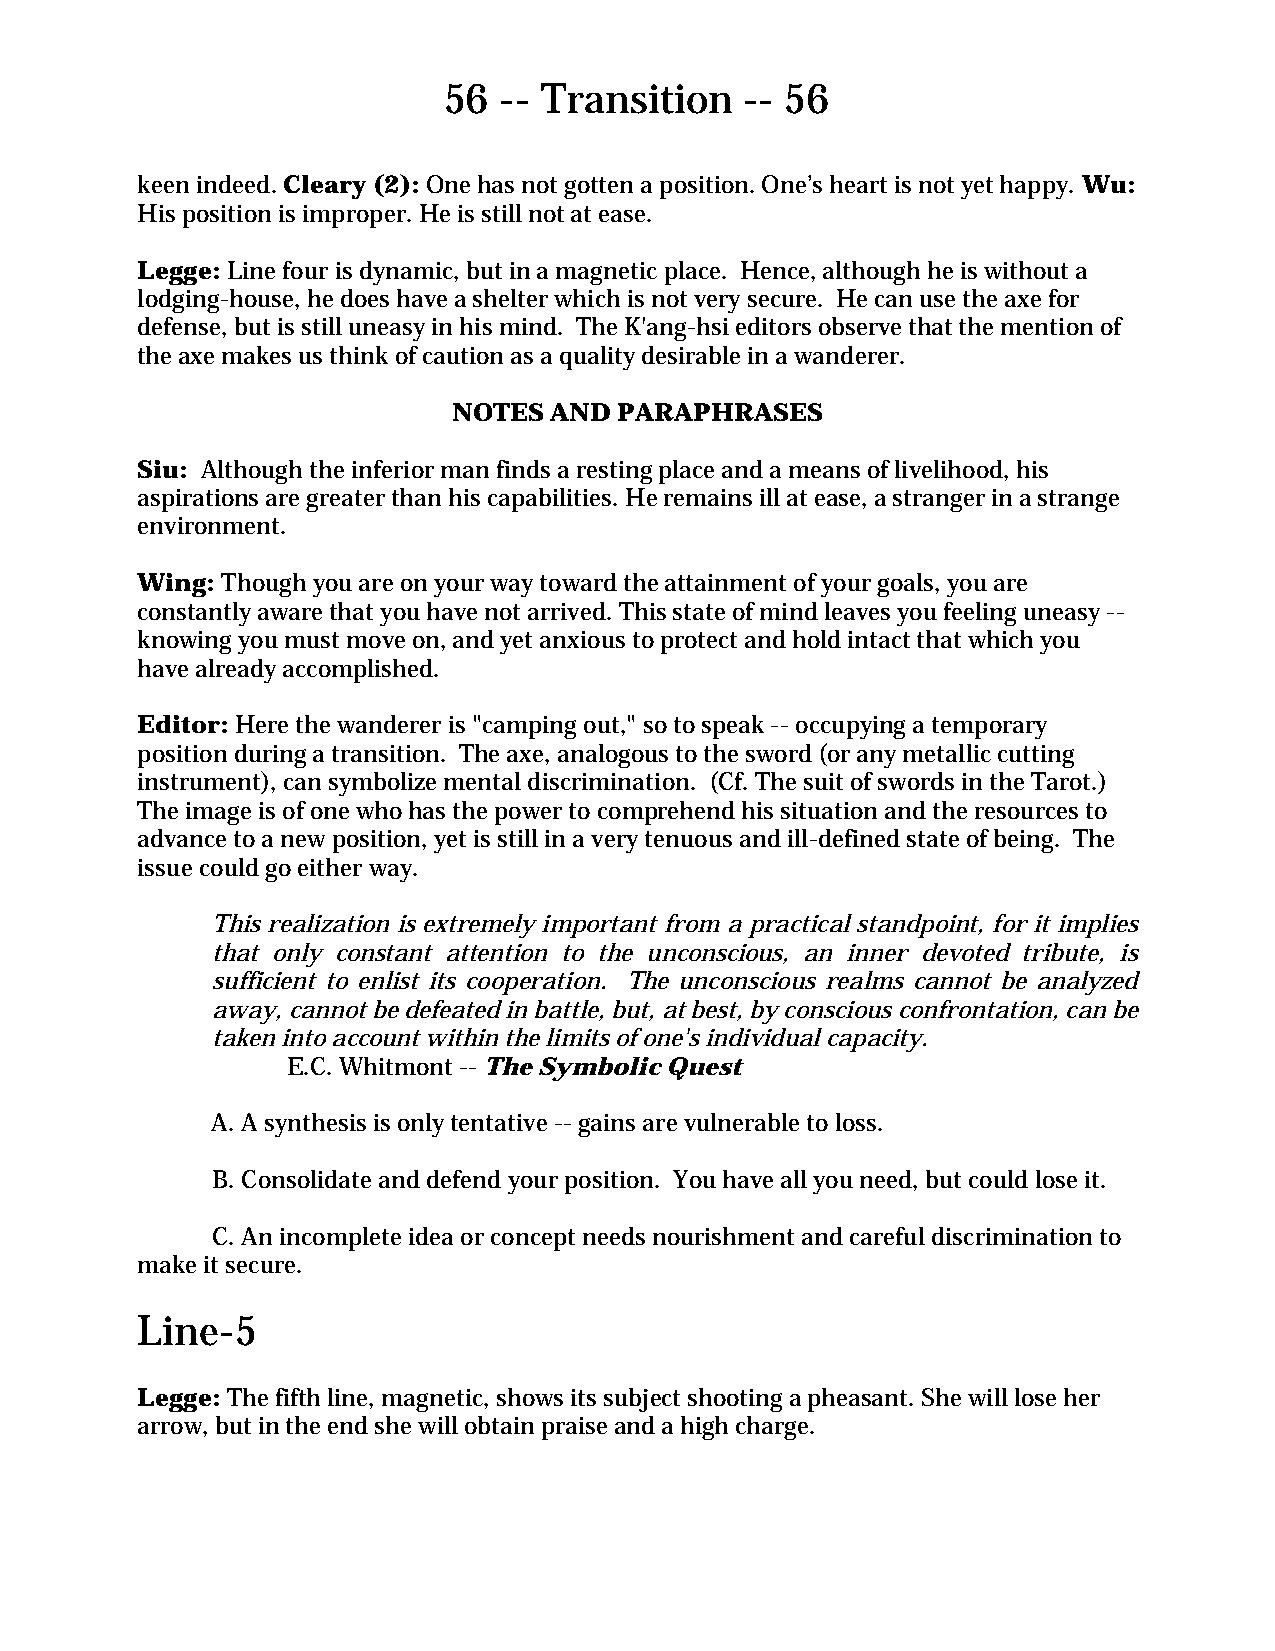
56  -- Transition   -- 56
 keen indeed. Cleary (2): One has not gotten a position. One’s heart is not yet happy. Wu:
 His position is improper. He is still not at ease.
 Legge: Line four is dynamic, but in a magnetic place. Hence, although he is without a
 lodging-house, he does have a shelter which is not very secure. He can use the axe for
 defense, but is still uneasy in his mind. The K'ang-hsi editors observe that the mention of
 the axe makes us think of caution as a quality desirable in a wanderer.
 NOTES AND  PARAPHRASES
 Siu: Although the inferior man finds a resting place and a means of livelihood, his
 aspirations are greater than his capabilities. He remains ill at ease, a stranger in a strange
 environment.
 Wing: Though you are on your way toward the attainment of your goals, you are
 constantly aware that you have not arrived. This state of mind leaves you feeling uneasy --
 knowing you must move on, and yet anxious to protect and hold intact that which you
 have already accomplished.
 Editor: Here the wanderer is "camping out," so to speak -- occupying a temporary
 position during a transition. The axe, analogous to the sword (or any metallic cutting
 instrument), can symbolize mental discrimination. (Cf. The suit of swords in the Tarot.)
 The image is of one who has the power to comprehend his situation and the resources to
 advance to a new position, yet is still in a very tenuous and ill-defined state of being. The
 issue could go either way.
 This realization is extremely important from a practical standpoint, for it implies
 that only constant attention to the unconscious, an inner devoted tribute, is
 sufficient to enlist its cooperation. The unconscious realms cannot be analyzed
 away, cannot be defeated in battle, but, at best, by conscious confrontation, can be
 taken into account within the limits of one's individual capacity.
 E.C. Whitmont -- The Symbolic Quest
 A. A synthesis is only tentative -- gains are vulnerable to loss.
 B. Consolidate and defend your position. You have all you need, but could lose it.
 C. An incomplete idea or concept needs nourishment and careful discrimination to
 make it secure.
 Line-5
 Legge: The fifth line, magnetic, shows its subject shooting a pheasant. She will lose her
 arrow, but in the end she will obtain praise and a high charge.